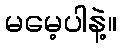
မမေ့ပါနဲ့။